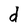
Character: d